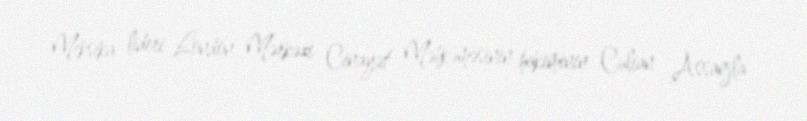
Meksika lideri London Mərkəzi Cinayət Məhkəməsinin hakiminin Culian Assanjla